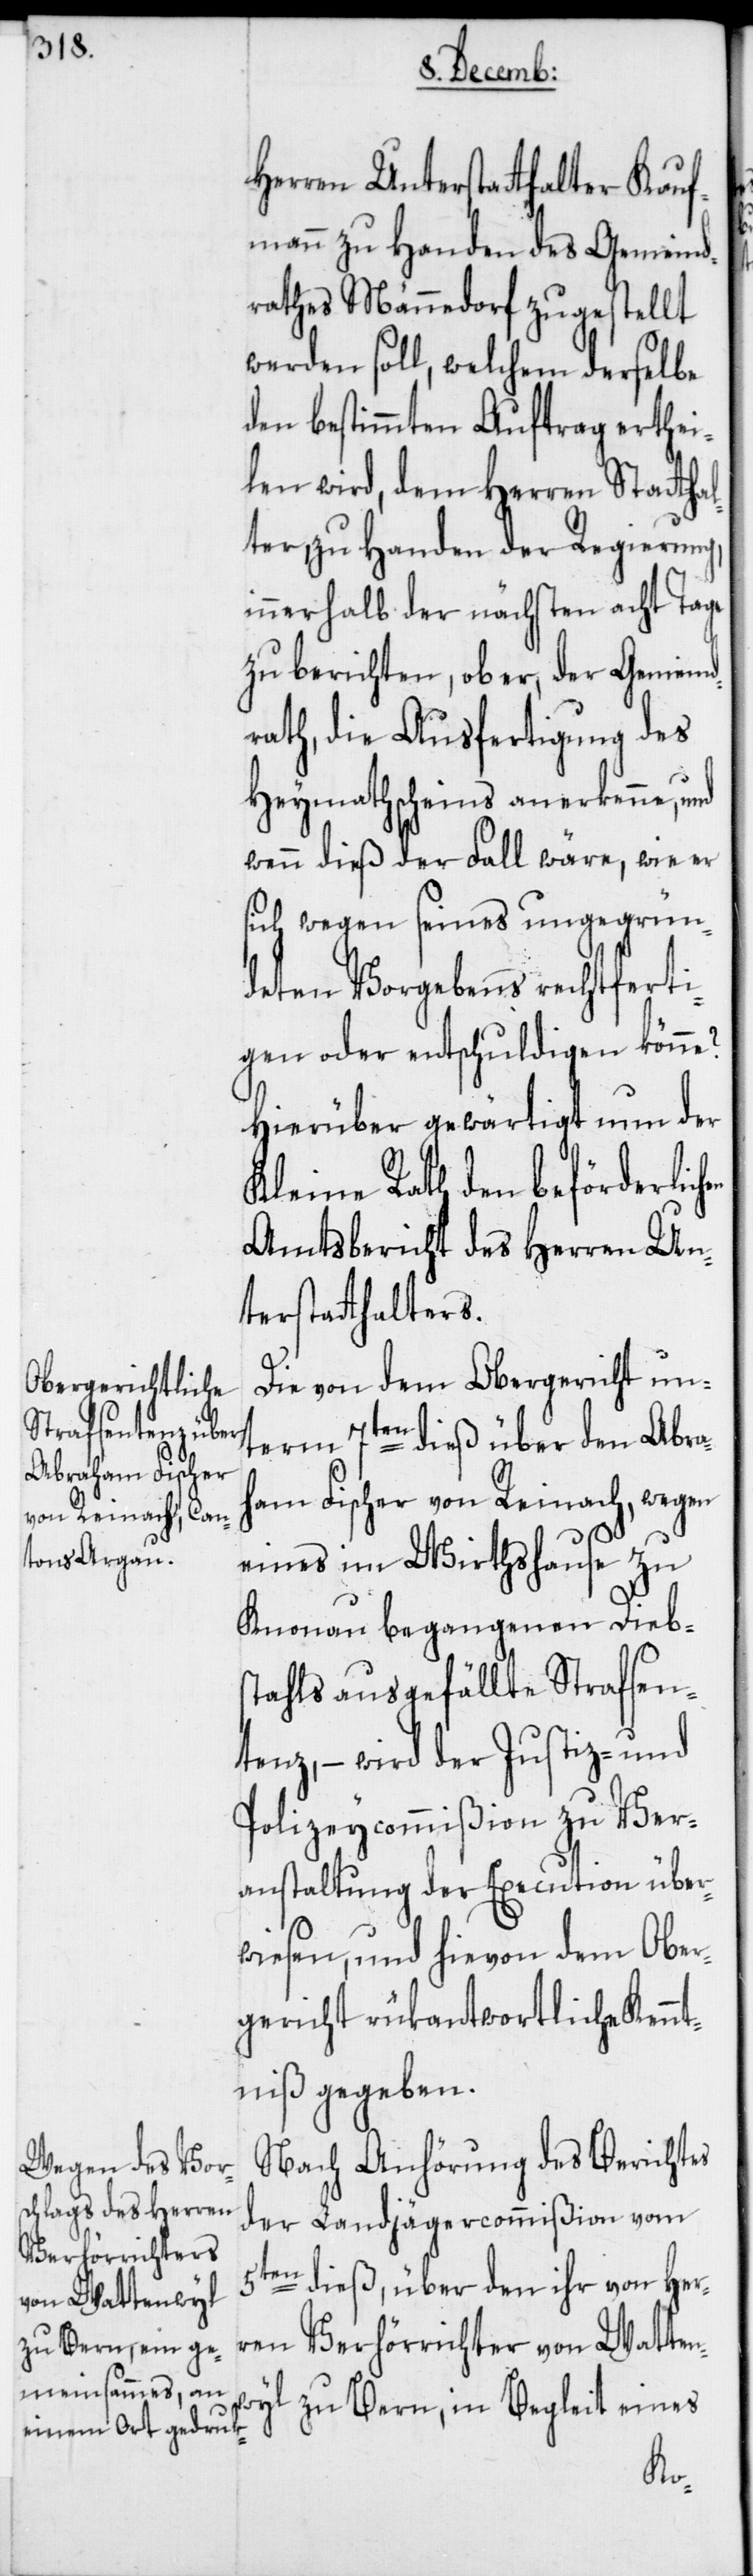
Herren Unterstatthalter Kauf¬
mann zu Handen des Gemeind¬
rathes Männedorf zugestellt
werden soll, welchem derselbe
den bestimmten Auftrag erthei¬
len wird, dem Herren Stattha¬
lter, zu Handen der Regierung,
innerhalb der nächsten acht Tage
zu berichten, ob er, der Gemeind¬
rath, die Ausfertigung des
Heymathscheins anerkenne, und
wenn dieß der Fall wäre, wie er
sich wegen seines ungegrün¬
deten Vorgebens rechtferti¬
gen oder entschuldigen könne?
Hierüber gewärtigt nun der
Kleine Rath den beförderlich¬
Amtsbericht des Herren Un¬
terstatthalters.
Die von dem Obergericht un¬
term 7ten dieß über den Abra¬
ham Fischer von Reinach, wegen
eines im Wirthshause zu
Knonau begangenen Diebs¬
tahls ausgefällte Strafsen¬
tenz, – wird der Justiz- und
Polizeycommißion zu Ver¬
anstaltung der Execution über¬
wiesen, und hievon dem Ober¬
gericht rükantwortliche Kennt¬
niß gegeben.
Nach Anhörung des Berichtes
der Landjägercommißion vom
5ten dieß, über den ihr von Her¬
ren Verhörrichter von Watten¬
wyl zu Bern, in Begleit eines
en